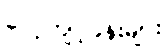
လေ့ကျင့်ခန်းများ